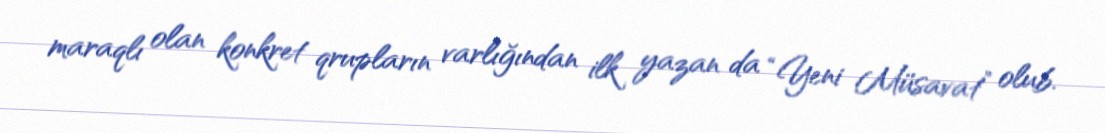
maraqlı olan konkret qrupların varlığından ilk yazan da “Yeni Müsavat” olub.